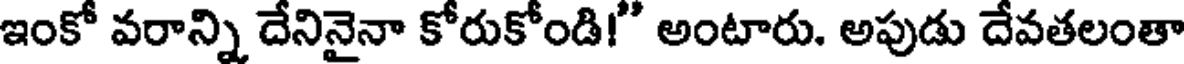
ఇంకో వరాన్ని దేనినైనా కోరుకోండి!" అంటారు. అపుడు దేవతలంతా